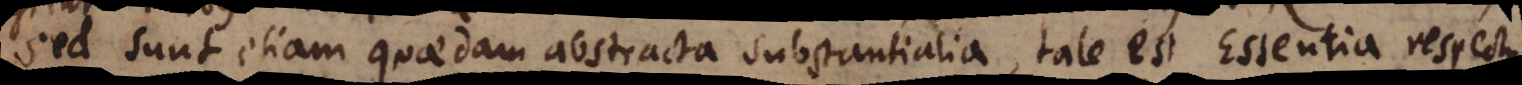
sed sunt etiam quaedam abstracta substantialia, tale est Essentia respectu